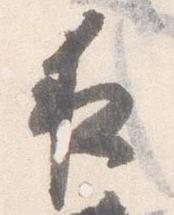
夜